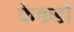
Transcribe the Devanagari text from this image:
केकडों